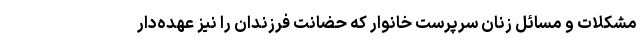
مشکلات و مسائل زنان سرپرست خانوار که حضانت فرزندان را نیز عهده‌دار